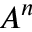
A ^ { n }